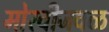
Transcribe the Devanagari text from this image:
मोरवीजवळ